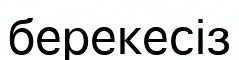
берекесіз